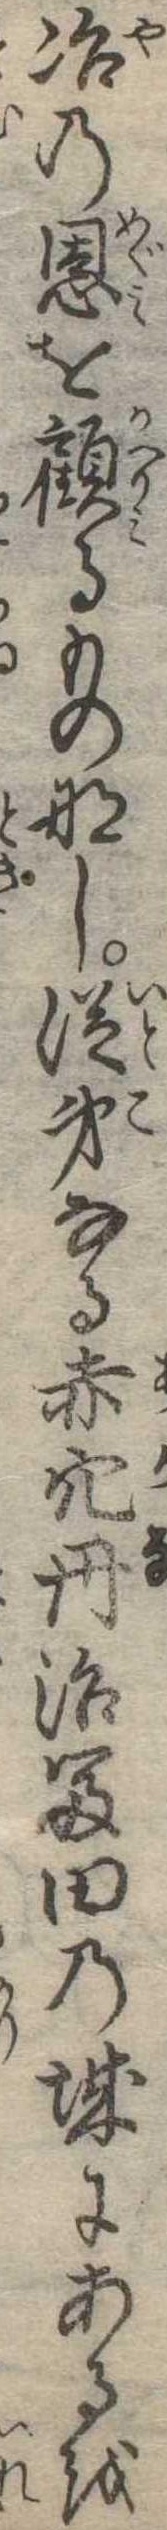
冶の恩を顧るものなし従弟なる赤穴丹治富田の城にあるを